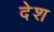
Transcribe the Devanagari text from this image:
देेश